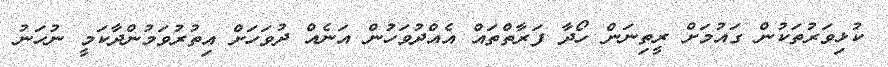
ކުޅިވަރުތަކުން ގައުމަށް ރީތިނަން ހޯދާ ފަރާތްތައް އެއްދުވަހުން އަނެއް ދުވަހަށް އިތުރުވަމުންދާކަމީ ނުހަނު